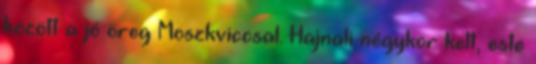
között a jó öreg Moszkviccsal. Hajnali négykor kelt, este